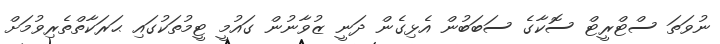
ނުވަތަ ސްޓްރީޓް ސޮކާގެ ސަބަބުން އެޅިގެން ދަނީ ޒުވާނުން ގައުމީ ޓީމުތަކުގައި ޙަރަކާތްތެރިވުމަށް